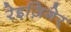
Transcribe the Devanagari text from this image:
रेइज़िगेर्